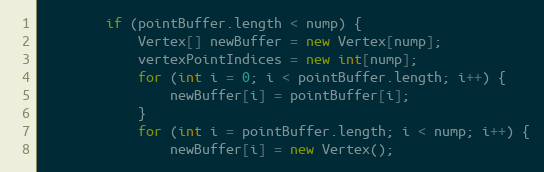
Language: Java
        if (pointBuffer.length < nump) {
            Vertex[] newBuffer = new Vertex[nump];
            vertexPointIndices = new int[nump];
            for (int i = 0; i < pointBuffer.length; i++) {
                newBuffer[i] = pointBuffer[i];
            }
            for (int i = pointBuffer.length; i < nump; i++) {
                newBuffer[i] = new Vertex();